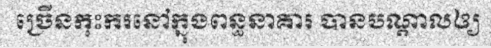
ច្រើនកុះករនៅក្នុងពន្ធនាគារ បានបណ្តាលឲ្យ